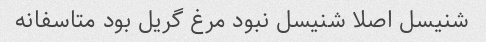
شنیسل اصلا شنیسل نبود مرغ گریل بود متاسفانه